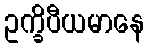
ဥက္ခိပီယမာနေ